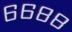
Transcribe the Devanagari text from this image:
६६८८